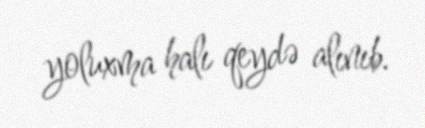
yoluxma halı qeydə alınıb.